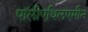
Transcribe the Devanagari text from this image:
पॉलीएथिलएमीन